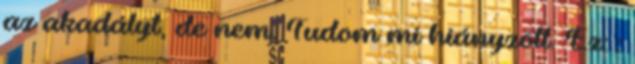
az akadályt, de nem. Tudom mi hiányzott. Ez: :